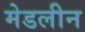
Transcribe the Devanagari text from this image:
मेडलीन